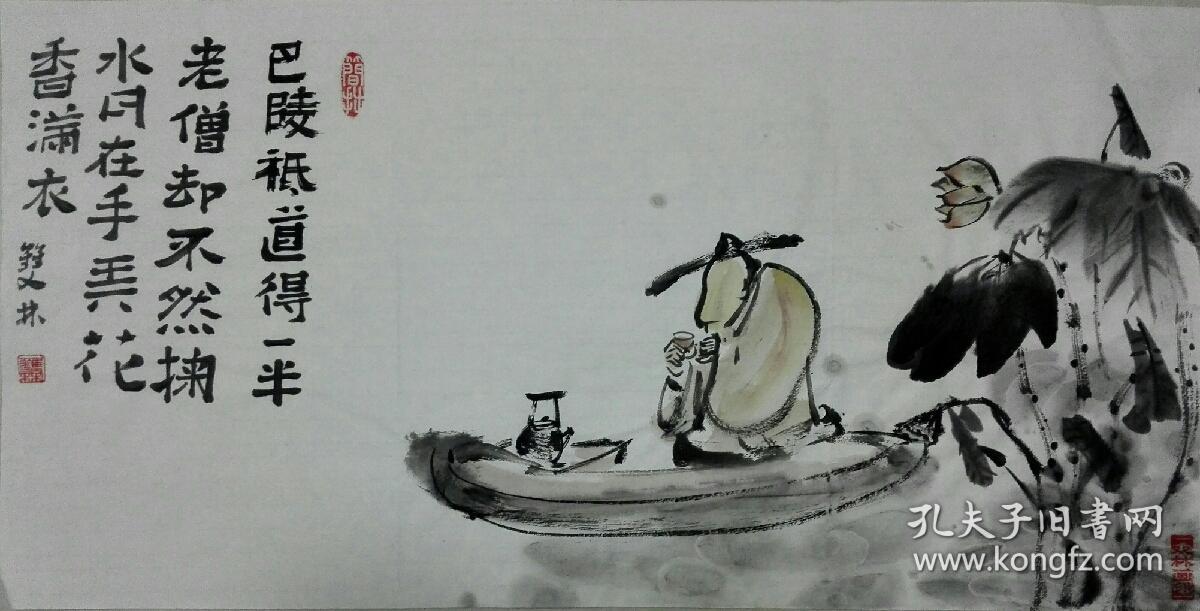
掬水月在手，弄花香满衣。